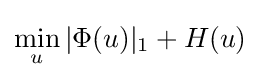
\min _{u}|\Phi (u)|_{1}+H(u)